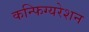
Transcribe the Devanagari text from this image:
कन्फिग्यरेशन